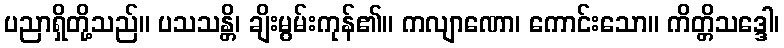
ပညာရှိတို့သည်။ ပသသန္တိ၊ ချိးမွမ်းကုန်၏။ ကလျာဏော၊ ကောင်းသော။ ကိတ္တိသဒ္ဒေါ၊